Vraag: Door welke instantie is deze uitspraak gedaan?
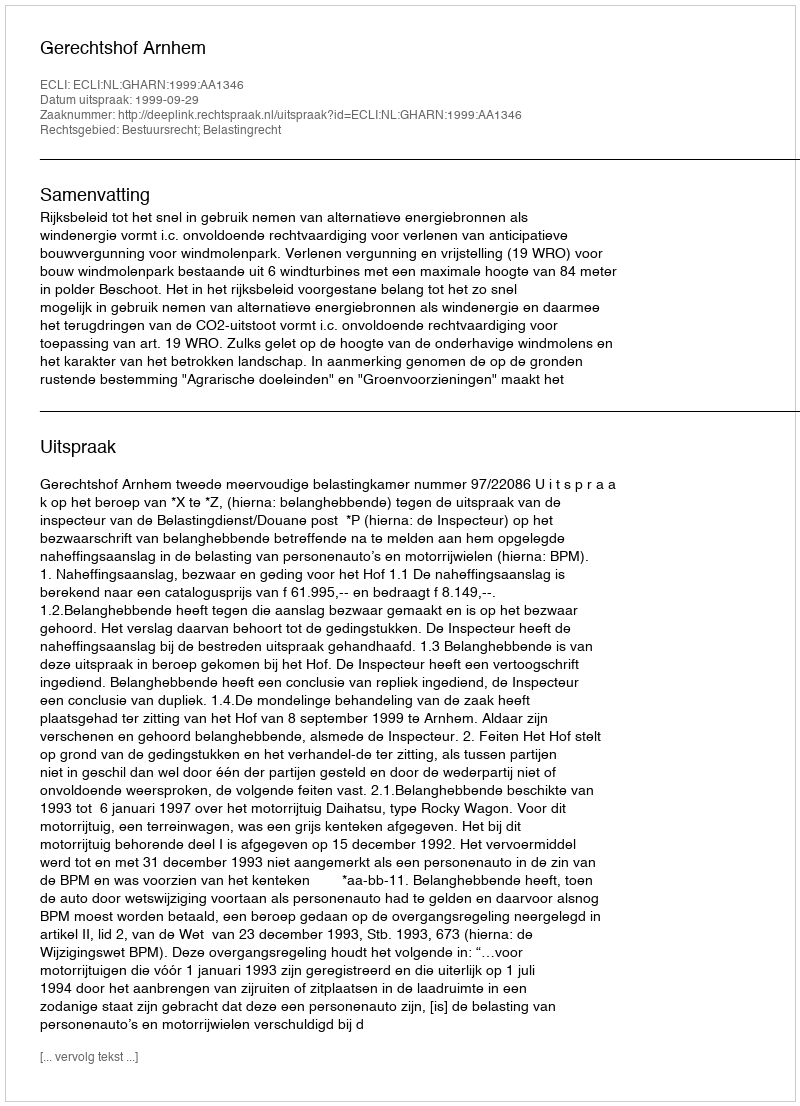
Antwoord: Gerechtshof Arnhem